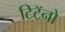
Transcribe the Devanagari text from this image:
टिटॅनो